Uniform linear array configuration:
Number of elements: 16
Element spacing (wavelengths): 0.5
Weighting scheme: uniform
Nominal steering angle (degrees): -30
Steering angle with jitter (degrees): -30.405
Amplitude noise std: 0.05
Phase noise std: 0.05

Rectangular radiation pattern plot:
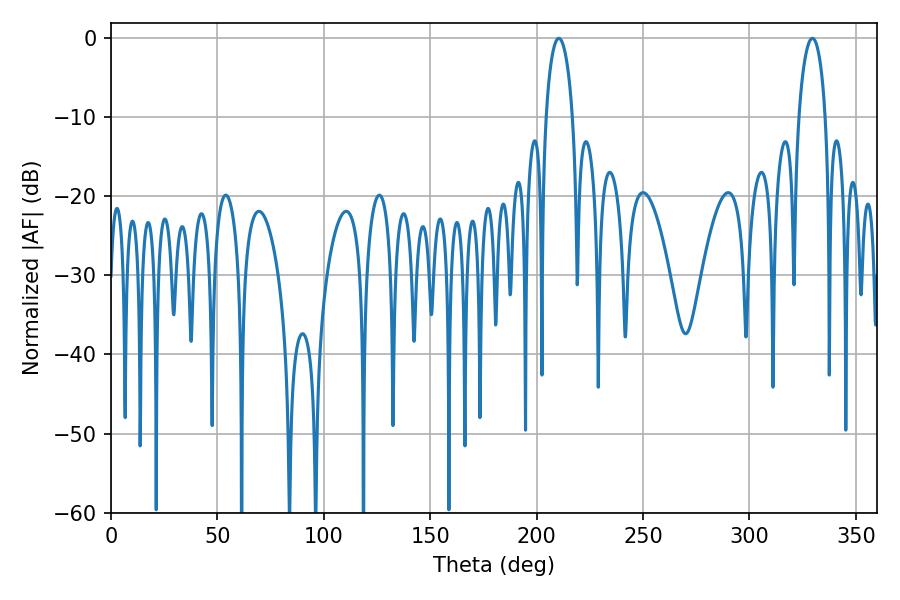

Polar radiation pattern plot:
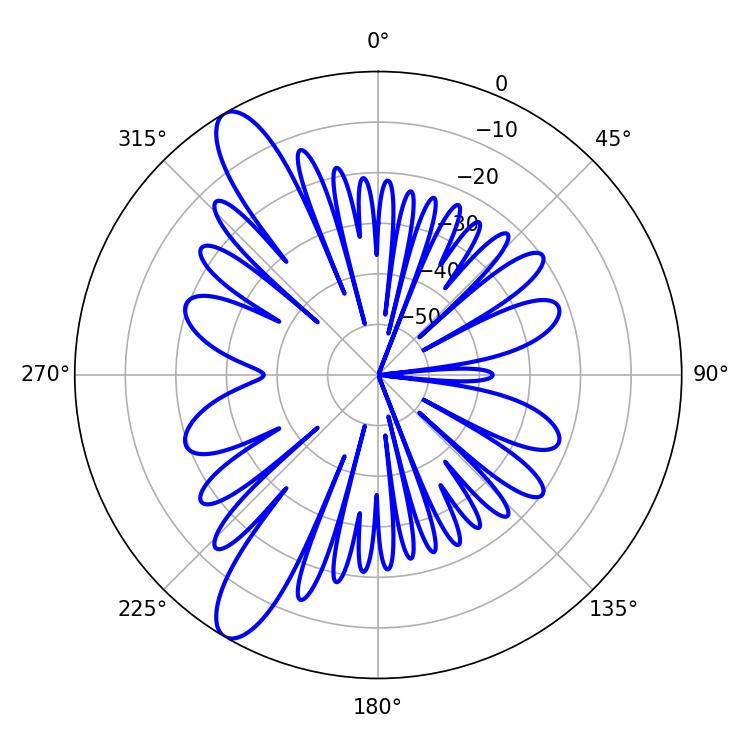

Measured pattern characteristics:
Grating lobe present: FALSE
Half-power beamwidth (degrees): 7.2
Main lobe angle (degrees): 210.42